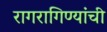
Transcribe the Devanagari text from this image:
रागरागिण्यांची